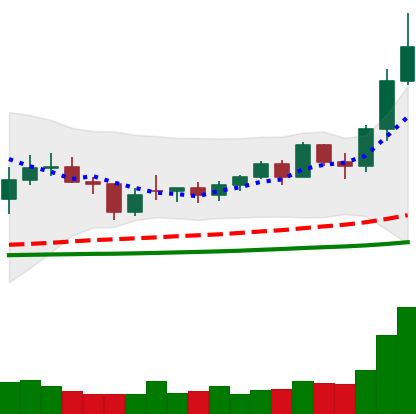
Ticker: NEO-USD
Chart end date: 2021-02-10
Forward return: 23.67%
Label: up_7plus